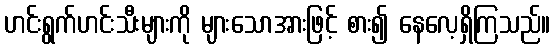
ဟင်းရွက်ဟင်းသီးများကို များသောအားဖြင့် စား၍ နေလေ့ရှိကြသည်။